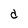
Character: d